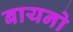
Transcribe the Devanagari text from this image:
बायनो